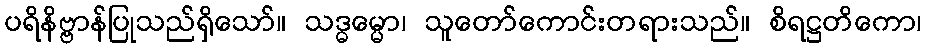
ပရိနိဗ္ဗာန်ပြုသည်ရှိသော်။ သဒ္ဓမ္မော၊ သူတော်ကောင်းတရားသည်။ စိရဋ္ဌတိကော၊